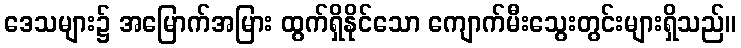
ဒေသများ၌ အမြောက်အမြား ထွက်ရှိနိုင်သော ကျောက်မီးသွေးတွင်းများရှိသည်။